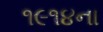
૧૯૧૪ના